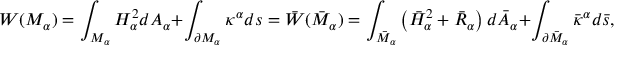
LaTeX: { \cal W } ( M _ { \alpha } ) = \int _ { M _ { \alpha } } H _ { \alpha } ^ { 2 } d A _ { \alpha } + \int _ { \partial M _ { \alpha } } \kappa ^ { \alpha } d s = \bar { \cal W } ( \bar { M } _ { \alpha } ) = \int _ { \bar { M } _ { \alpha } } \left( \bar { H } _ { \alpha } ^ { 2 } + \bar { R } _ { \alpha } \right) d \bar { A } _ { \alpha } + \int _ { \partial \bar { M } _ { \alpha } } \bar { \kappa } ^ { \alpha } d \bar { s } ,